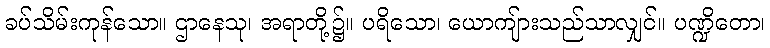
ခပ်သိမ်းကုန်သော။ ဌာနေသု၊ အရာတို့၌။ ပရိသော၊ ယောကျ်ားသည်သာလျှင်။ ပဏ္ဍိတော၊